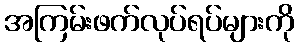
အကြမ်းဖက်လုပ်ရပ်များကို